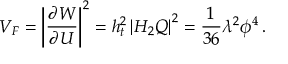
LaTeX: V _ { F } = \left| { \frac { \partial W } { \partial U } } \right| ^ { 2 } = h _ { t } ^ { 2 } \left| H _ { 2 } Q \right| ^ { 2 } = { \frac { 1 } { 3 6 } } \lambda ^ { 2 } \phi ^ { 4 } \, .